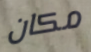
مكان